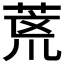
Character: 𮏞